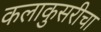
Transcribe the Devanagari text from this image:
कलाकुसरीचा